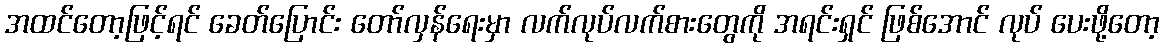
အထင်တော့ဖြင့်ရင် ခေတ်ပြောင်း တော်လှန်ရေးမှာ လက်လုပ်လက်စားတွေကို အရင်းရှင် ဖြစ်အောင် လုပ် ပေးဖို့တော့